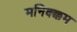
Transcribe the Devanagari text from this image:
मनिक्क्कम